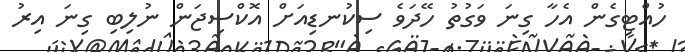
ހުއްޓިގެން އެހާ ގިނަ ވަގުތު ހޭދަވެ ސިކުނޑިއަށް އޮކްސިޖަން ނުލިބި ގިނަ އިރު